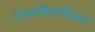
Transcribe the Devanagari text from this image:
भेषजक्रियाविज्ञान